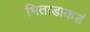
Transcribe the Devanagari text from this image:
भिताडाकडं